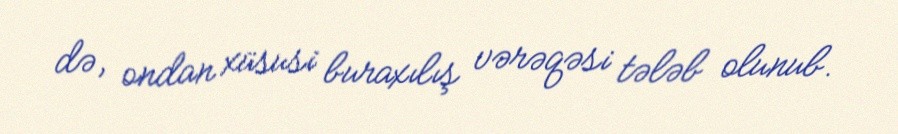
də, ondan xüsusi buraxılış vərəqəsi tələb olunub.